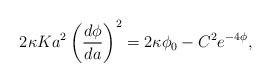
\begin{align*}2\kappa K a^2\left(\frac{d\phi}{da}\right)^2=2\kappa \phi_0 - C^2 e^{-4\phi},\end{align*}